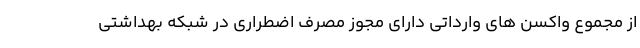
از مجموع واکسن های وارداتی دارای مجوز مصرف اضطراری در شبکه بهداشتی